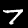
Digit: 7